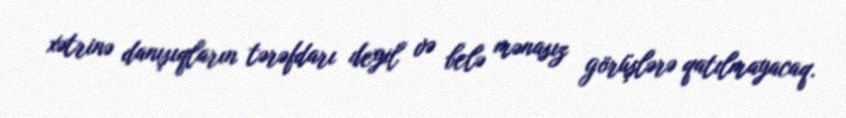
xətrinə danışıqların tərəfdarı deyil və belə mənasız görüşlərə qatılmayacaq.